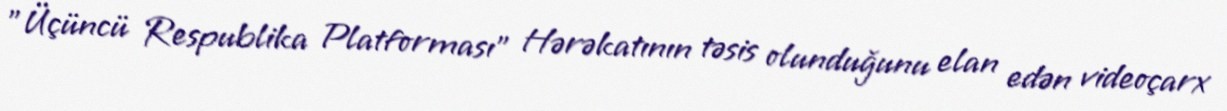
"Üçüncü Respublika Platforması" Hərəkatının təsis olunduğunu elan edən videoçarx